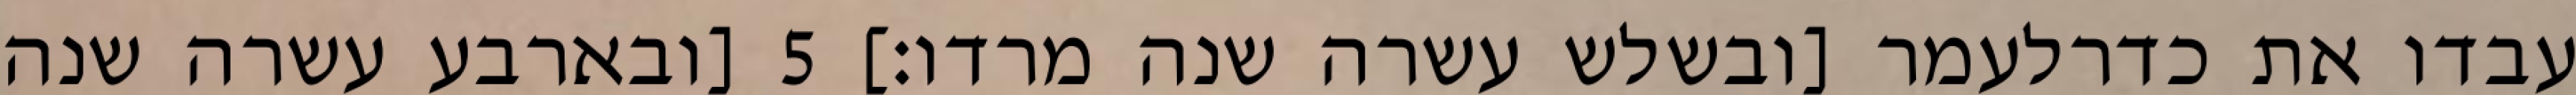
עבדו את כדרלעמר [ובשלש עשרה שנה מרדו׃] ‎5‏ [ובארבע עשרה שנה